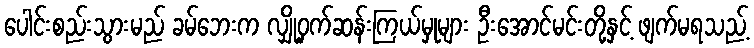
ပေါင်းစည်းသွားမည် ခမ်ဘေးက လျှို့ဝှက်ဆန်းကြယ်မှုများ ဦးအောင်မင်းတို့နှင့် ဖျက်မရသည့်